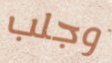
وجلب